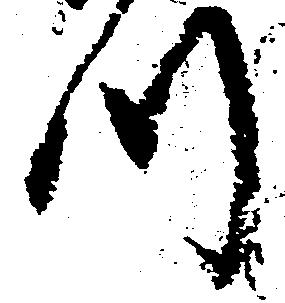
つ